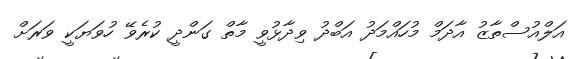
އަލްއުސްތާޒު އާދަމް މުހައްމަދު އަބްދު ވިދާޅުވީ މާތް ގަންދީ ކުރެވޭ ހުވަޔަކީ ވަރަށް